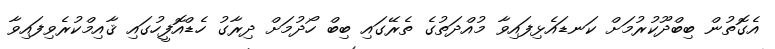
އެގޮތުން ބިބްދޫކުރުމަށް ކަނޑައެޅިފައިވާ މުއްދަތުގެ ތެރޭގައި ބިބް ހޯދުމަށް ދިރާގު ހެޑްއޮފީހުގައި ޤާއިމްކުރެވިފައިވާ